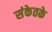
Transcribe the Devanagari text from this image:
संकेतके